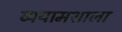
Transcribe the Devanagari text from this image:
व्ययामशाला